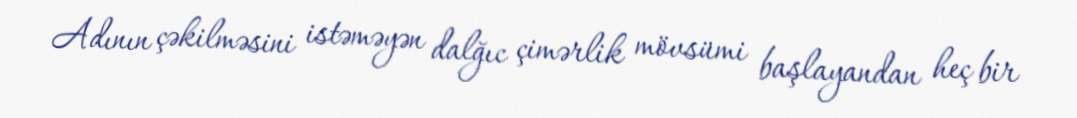
Adının çəkilməsini istəməyən dalğıc çimərlik mövsümi başlayandan heç bir